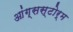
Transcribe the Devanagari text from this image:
आंग्सस्टोर्म